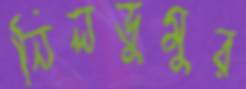
নিলডুমুর